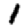
Digit: 1